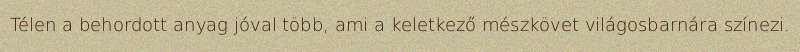
Télen a behordott anyag jóval több, ami a keletkező mészkövet világosbarnára színezi.